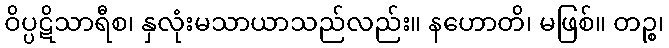
ဝိပ္ပဋိသာရီစ၊ နှလုံးမသာယာသည်လည်း။ နဟောတိ၊ မဖြစ်။ တဉ္စ၊